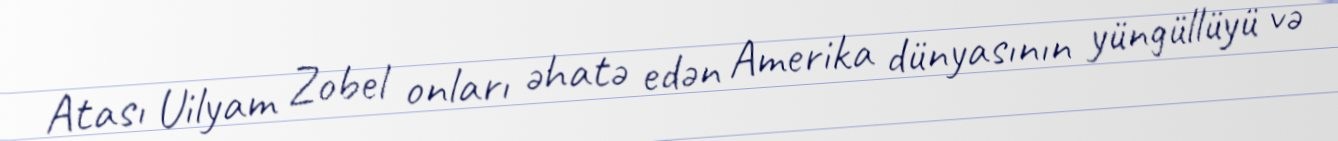
Atası Uilyam Zobel onları əhatə edən Amerika dünyasının yüngüllüyü və